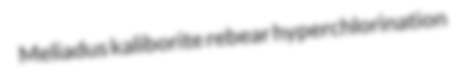
Meliadus kaliborite rebear hyperchlorination